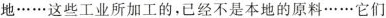
地……这些工业所加工的，已经不是本地的原料……它们